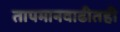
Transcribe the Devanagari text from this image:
तापमानवाढीतही